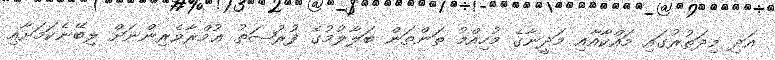
އަދި މިދަތުރުގައި މައްކާއާއި މަދީނާގެ މުހިއްމު ތަންތަން ބަލާލުމުގެ ފުރުޞަތު ޢުމްރާވެރިންނަށް ލިބޭނެކަމަށާއި